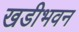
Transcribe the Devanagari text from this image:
खडीभवन